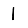
Digit: 1